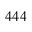
4 4 4